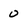
Character: 0